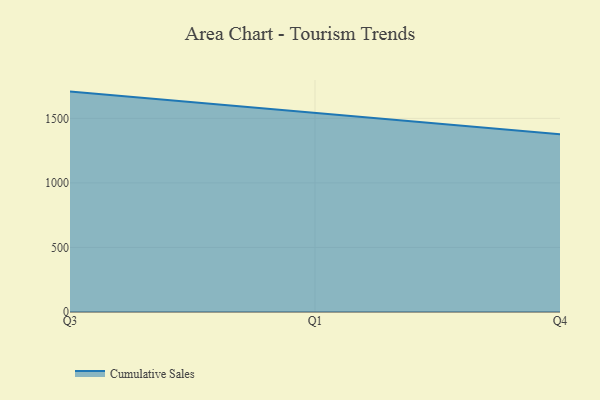
{"axis": {"x": "Quarter", "y": "Bounce Rate (%)"}, "legend": ["Cumulative Sales"], "data": [{"x": "Q3", "y": 1707.0, "type": "Cumulative Sales"}, {"x": "Q1", "y": 1541.6, "type": "Cumulative Sales"}, {"x": "Q4", "y": 1376.5, "type": "Cumulative Sales"}]}